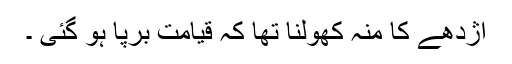
اژدھے کا منہ کھولنا تھا کہ قیامت برپا ہو گئی ۔